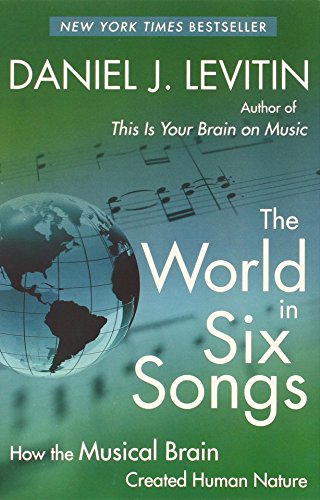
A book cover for The World in Six Songs: How the Musical Brain Created Human Nature; Daniel J. Levitin; Science & Math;